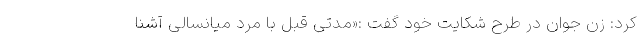
کرد: زن جوان در طرح شکایت خود گفت :«مدتی قبل با مرد میانسالی آشنا